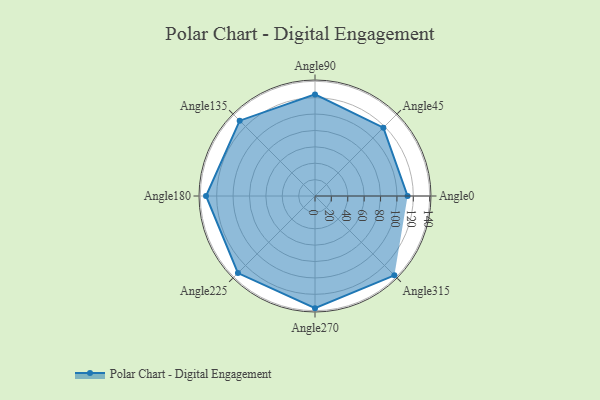
{"axis": {"x": "Angle", "y": "Radius"}, "legend": [""], "data": [{"x": "Angle0", "y": 113.0, "type": ""}, {"x": "Angle45", "y": 118.0, "type": ""}, {"x": "Angle90", "y": 124.0, "type": ""}, {"x": "Angle135", "y": 130.0, "type": ""}, {"x": "Angle180", "y": 133.0, "type": ""}, {"x": "Angle225", "y": 133.0, "type": ""}, {"x": "Angle270", "y": 137.0, "type": ""}, {"x": "Angle315", "y": 137.0, "type": ""}]}